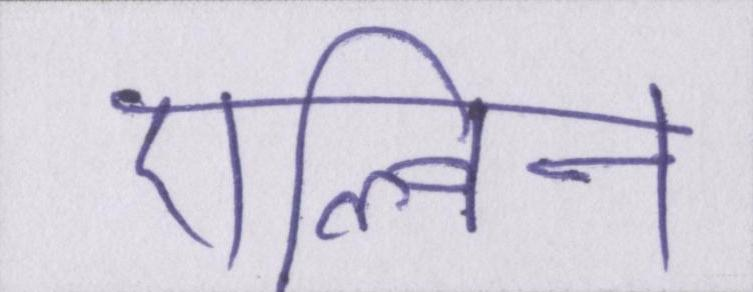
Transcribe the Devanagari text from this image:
एल्विन